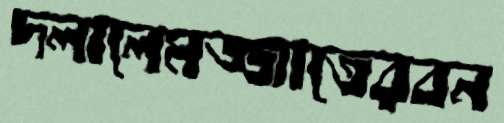
দলালেমজ্জাতেরবন